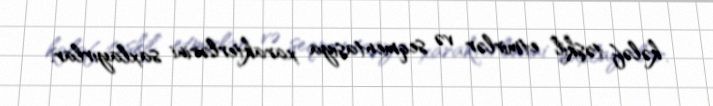
kələf təşkil etmirlər və seqmentasiya xarakterlərini saxlayırlar.